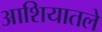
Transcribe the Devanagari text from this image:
आशियातले